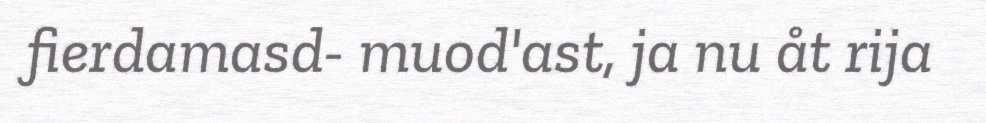
fierdamasd- muod'ast, ja nu åt rija